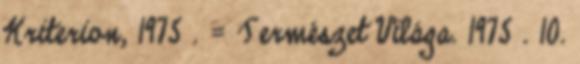
Kriterion, 1975 . = Természet Világa. 1975 . 10.